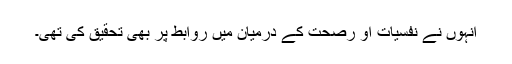
انہوں نے نفسیات او رصحت کے درمیان میں روابط پر بھی تحقیق کی تھی۔